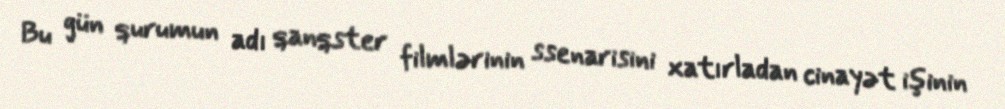
Bu gün qurumun adı qanqster filmlərinin ssenarisini xatırladan cinayət işinin